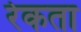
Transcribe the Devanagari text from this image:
रेकता